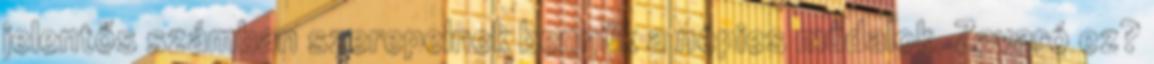
jelentős számban szerepelnek bennük a népies műdalok. Zavaró ez?